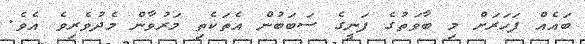
ބައެއް ފަހަރަށް މި ބާވަތުގެ ފަނީގެ ސަބަބުން އެތަކެތި މަރުވާން މެދުވެރިވެ އެވެ.